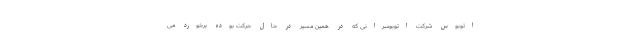
اتوبوس شرکت اتوبوسرانی که در همین مسیر در حال حرکت بوده برخورد می